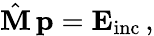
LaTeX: \hat{\textbf{M}}\, \mathbf{p}=\mathbf{E}_{\mathrm{inc}}\, ,